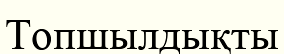
Топшылдықты